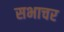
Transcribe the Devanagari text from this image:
सभाचर